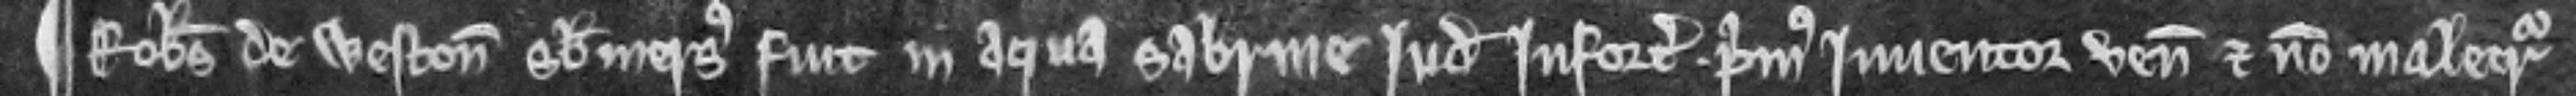
¶ Robertus de Weston submersus fuit in aqua Sabrine Judicium infortunium. Primus inventor venit et non malecreditur.